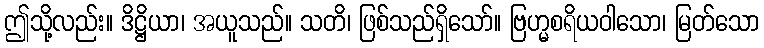
ဤသို့လည်း။ ဒိဋ္ဌိယာ၊ အယူသည်။ သတိ၊ ဖြစ်သည်ရှိသော်။ ဗြဟ္မစရိယဝါသော၊ မြတ်သော